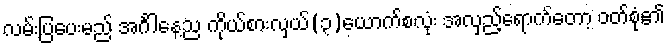
လမ်းပြပေးမည် အင်္ဂါနေ့ည ကိုယ်စားလှယ်(၃)ယောက်စလုံး အလှည့်ရောက်တော့ ဝတ်စုံ၏